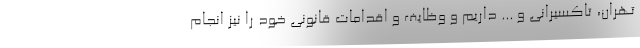
تهران، تاکسیرانی و ... داریم و وظایف و اقدامات قانونی خود را نیز انجام